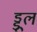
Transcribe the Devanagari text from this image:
ड्डूल